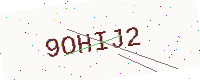
Text: 9OHIJ2